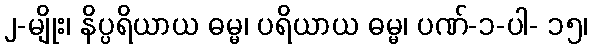
၂-မျိုး၊ နိပ္ပရိယာယ ဓမ္မ၊ ပရိယာယ ဓမ္မ၊ ပဏ်-၁-ပါ- ၁၅၊